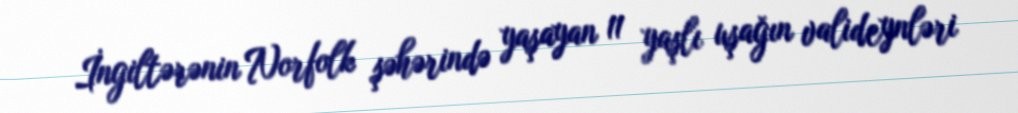
İngiltərənin Norfolk şəhərində yaşayan 11 yaşlı uşağın valideynləri